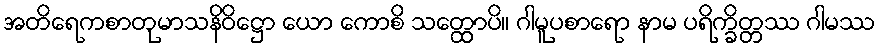
အတိရေကစာတုမာသနိဝိဋ္ဌော ယော ကောစိ သတ္ထောပိ။ ဂါမူပစာရော နာမ ပရိက္ခိတ္တဿ ဂါမဿ